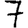
Digit: 7